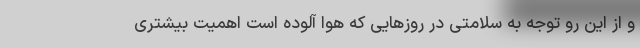
و از این رو توجه به سلامتی در روزهایی که هوا آلوده است اهمیت بیشتری